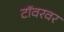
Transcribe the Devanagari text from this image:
टॉवरवर